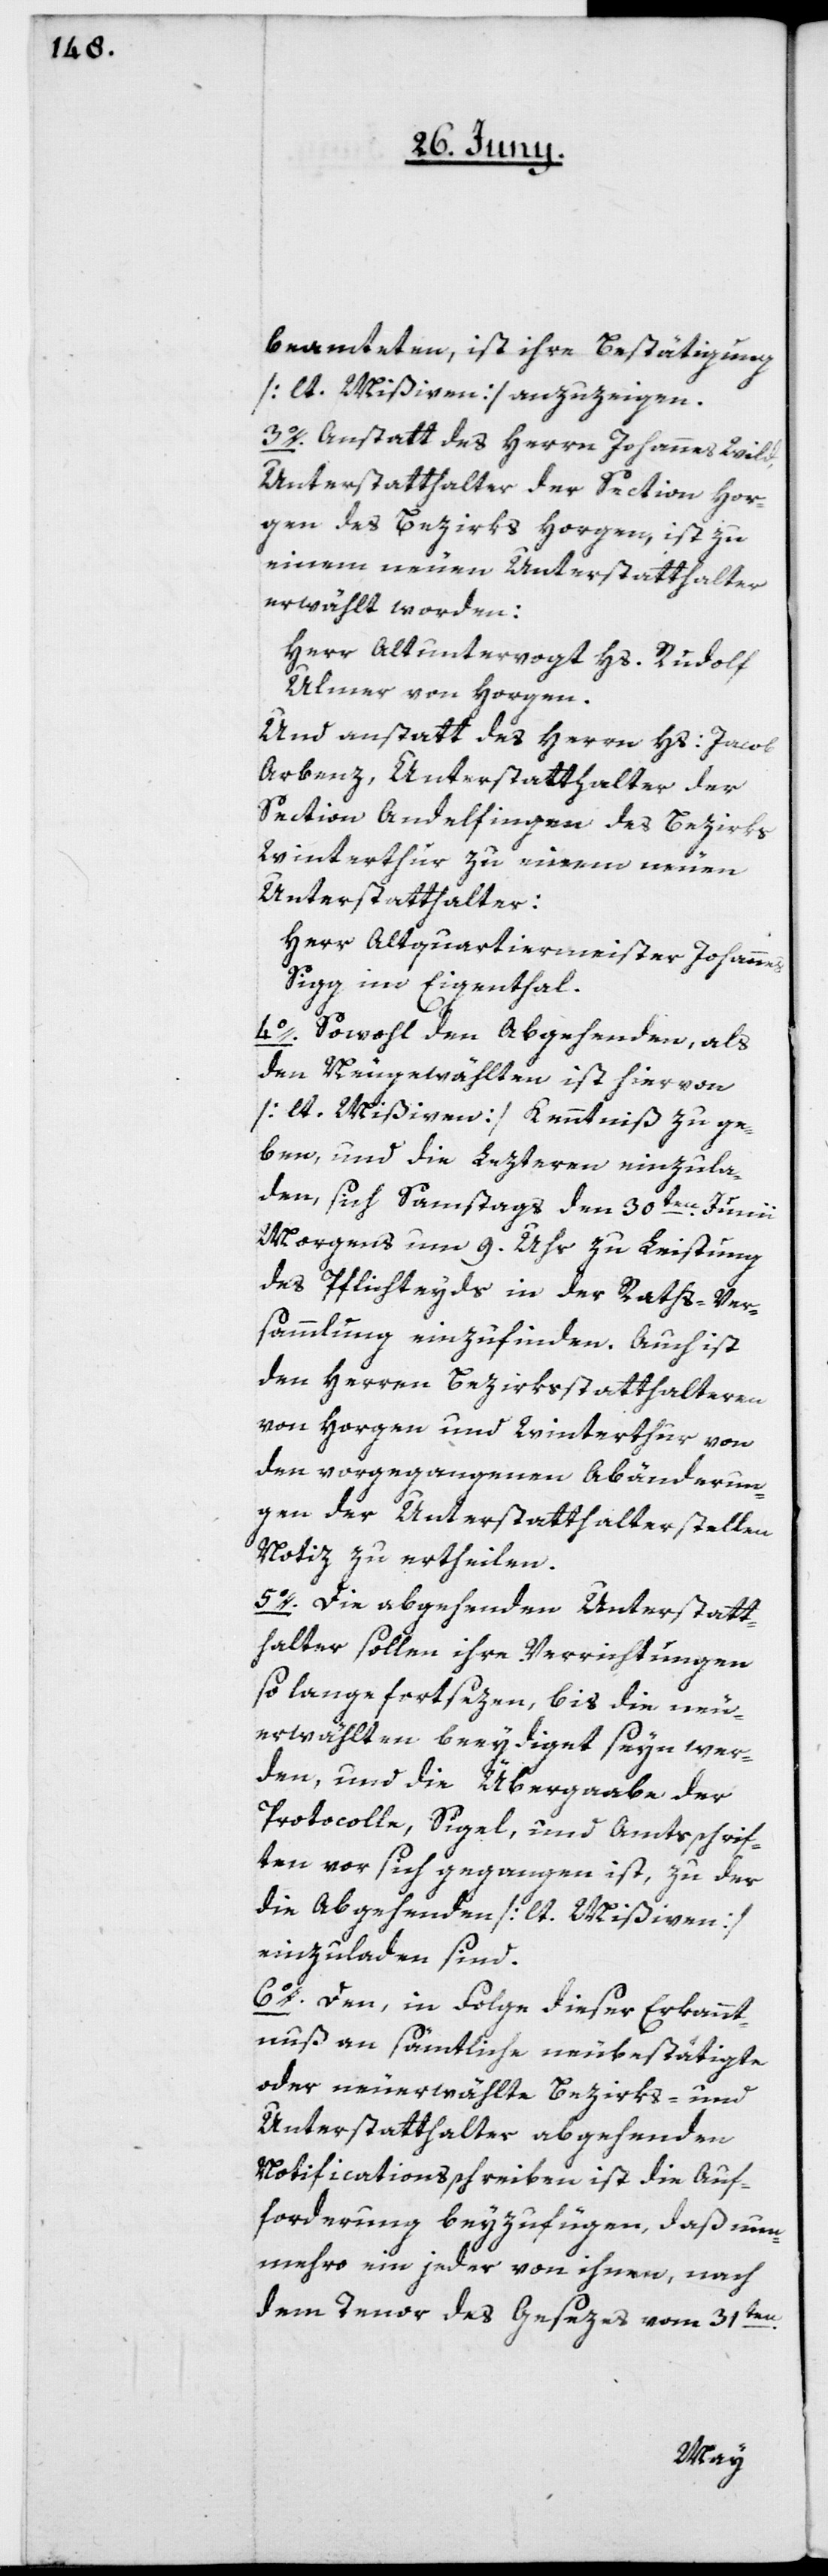
beamteten, ist ihre Bestätigung
[lt. Mißiven] anzuzeigen.
3o. Anstatt des Herrn Johannes Wild,
Unterstatthalter der Section Hor¬
gen des Bezirks Horgen, ist zu
einem neuen Unterstatthalter
erwählt worden:
Herr Altuntervogt Hs. Rudolf
Ulmer von Horgen.
Und anstatt des Herrn Hs: Jacob
Arbenz, Unterstatthalter der
Section Andelfingen des Bezirks
Winterthur, zu einem neuen
Unterstatthalter:
Herr Altquartiermeister Johannes
Sigg im Eigenthal.
4o. Sowohl den Abgehenden, als
den Neugewählten ist hiervon
[lt. Mißiven] Kenntniß zu ge¬
ben, und die Lezteren einzula¬
den, sich Samstag den 30ten Junii,
Morgens um 9. Uhr zu Leistung
des Pflichteyds in der Raths-Ver¬
sammlung einzufinden. Auch ist
den Herren Bezirksstatthalteren
von Horgen und Winterthur von
den vorgegangenen Abänderun¬
gen der Unterstatthalterstellen
Notiz zu ertheilen.
5o. Die abgehenden Unterstatt¬
halter sollen ihre Verrichtungen
so lange fortsezen, bis die neu¬
erwählten beeydiget seyn wer¬
den, und die Übergabe der
Protocolle, Sigel, und Amtsschrif¬
ten vor sich gegangen ist, zu der
die Abgehenden [lt. Mißiven]
einzuladen sind.
6o. Den, in Folge dieser Erkannt¬
nuß an sämtliche neubestätigte
oder neuerwählte Bezirks- und
Unterstatthalter abgehenden
Notificationsschreiben ist die Auf¬
forderung beyzufügen, daß nun¬
mehro ein jeder von ihnen, nach
dem Tenor des Gesezes vom 31ten